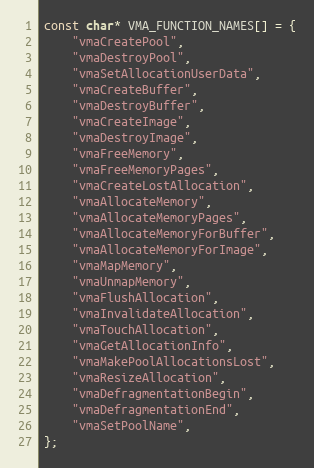
Language: C++
const char* VMA_FUNCTION_NAMES[] = {
    "vmaCreatePool",
    "vmaDestroyPool",
    "vmaSetAllocationUserData",
    "vmaCreateBuffer",
    "vmaDestroyBuffer",
    "vmaCreateImage",
    "vmaDestroyImage",
    "vmaFreeMemory",
    "vmaFreeMemoryPages",
    "vmaCreateLostAllocation",
    "vmaAllocateMemory",
    "vmaAllocateMemoryPages",
    "vmaAllocateMemoryForBuffer",
    "vmaAllocateMemoryForImage",
    "vmaMapMemory",
    "vmaUnmapMemory",
    "vmaFlushAllocation",
    "vmaInvalidateAllocation",
    "vmaTouchAllocation",
    "vmaGetAllocationInfo",
    "vmaMakePoolAllocationsLost",
    "vmaResizeAllocation",
    "vmaDefragmentationBegin",
    "vmaDefragmentationEnd",
    "vmaSetPoolName",
};